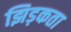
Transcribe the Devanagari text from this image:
झिड़कता